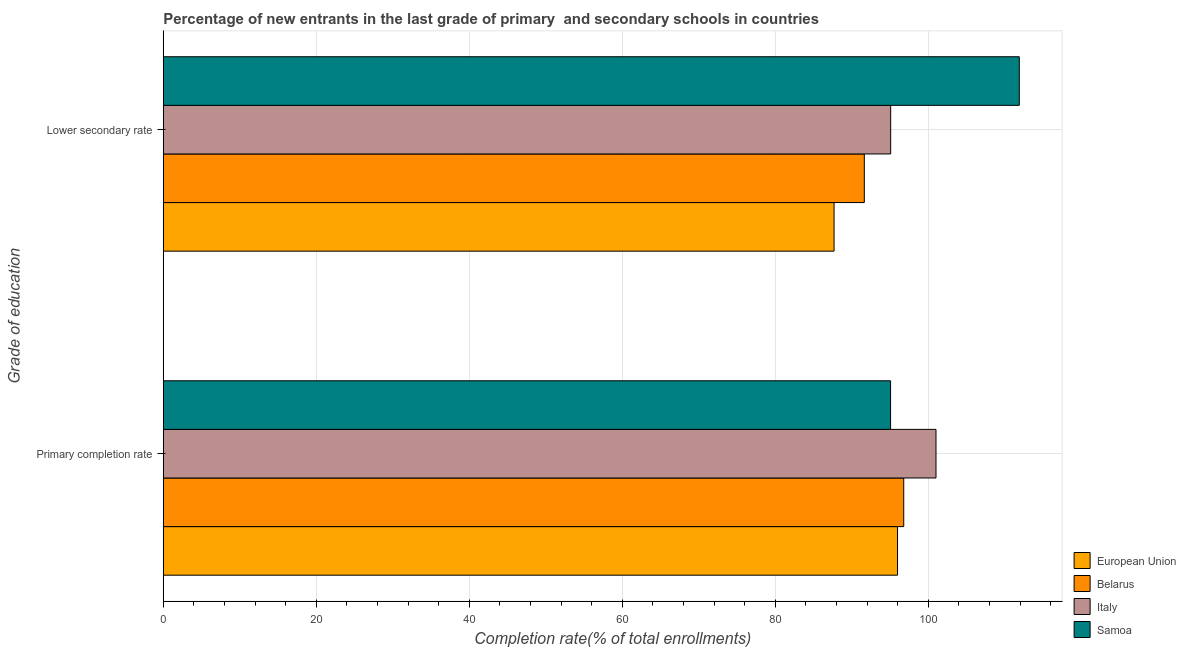
| Grade of education | European Union | Belarus | Italy | Samoa |
 | --- | --- | --- | --- | --- |
 | Primary completion rate | 96 | 96.8 | 101 | 95.1 |
 | Lower secondary rate | 87.7 | 91.6 | 95.1 | 112 |